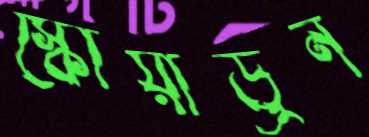
স্কোয়াড্রন